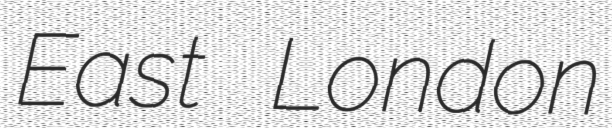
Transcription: East London